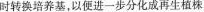
时转换培养基，以便进一步分化成再生植株